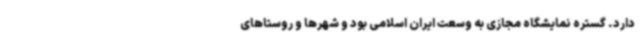
دارد. گستره نمایشگاه مجازی به وسعت ایران اسلامی بود و شهرها و روستاهای